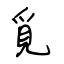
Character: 覓